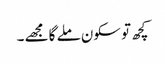
کچھ تو سکون ملے گا مجھے ۔